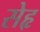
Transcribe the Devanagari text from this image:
सेहृ